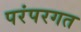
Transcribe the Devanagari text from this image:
परंपरगत